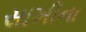
સાખીના